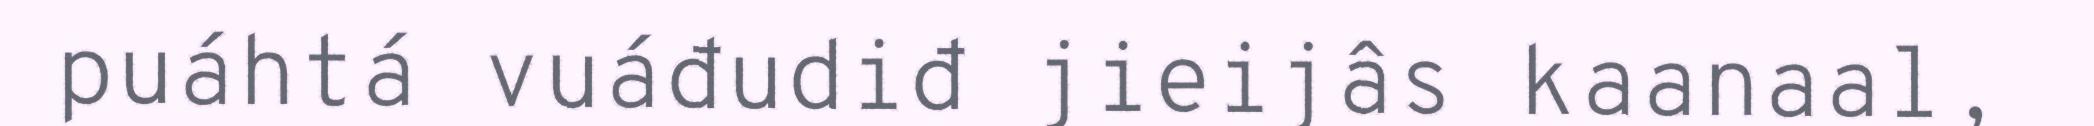
puáhtá vuáđudiđ jieijâs kaanaal,